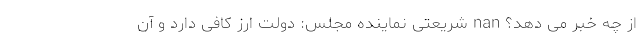
از چه خبر می دهد؟ nan شریعتی نماینده مجلس: دولت ارز کافی دارد و آن